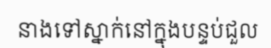
នាងទៅស្នាក់នៅក្នុងបន្ទប់ជួល